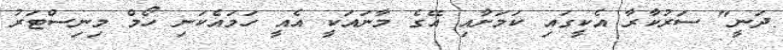
ދަނީ" ސަރުކާރާ އެކީގައި ކަމަށާއި އޭގެ މާނައަކީ އެއީ ހަމައެކަނި ހޯމް މިނިސްޓަރު